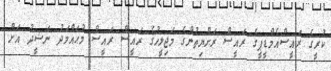
ކުރީގެ ރައީސްއެމްޑީޕީގެ ރައީސް ރަށްޔިތުންގެ މަޖިލީހުގެ ރައީސް ރައީސް މުޙައްމަދު ނަޝީދު އަށް